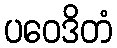
ပဝေဒိတံ